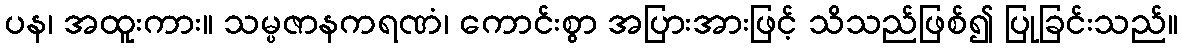
ပန၊ အထူးကား။ သမ္ပဇာနကရဏံ၊ ကောင်းစွာ အပြားအားဖြင့် သိသည်ဖြစ်၍ ပြုခြင်းသည်။